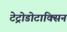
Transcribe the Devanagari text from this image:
टेट्रोडोटाक्सिन